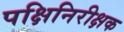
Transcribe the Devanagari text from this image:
पक्षिनिरीक्षक